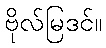
ဗိုလ်မြဒင်။